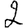
Digit: 2